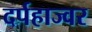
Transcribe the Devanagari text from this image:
दर्पहाज्वर